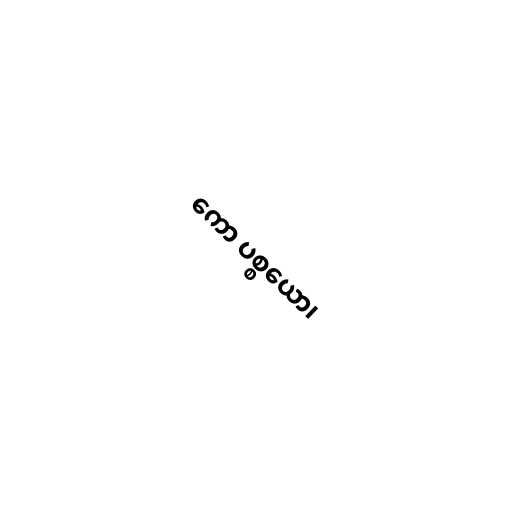
ကော ပစ္စယော၊